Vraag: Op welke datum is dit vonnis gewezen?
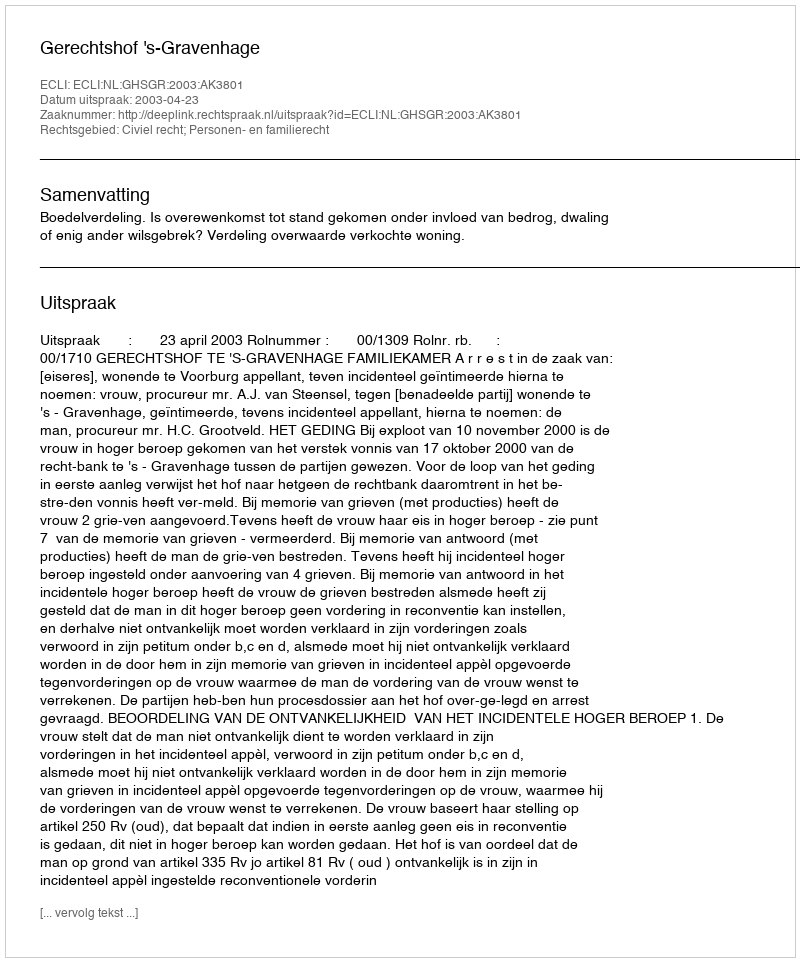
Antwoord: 2003-04-23